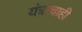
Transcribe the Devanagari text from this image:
यंत्राचाही